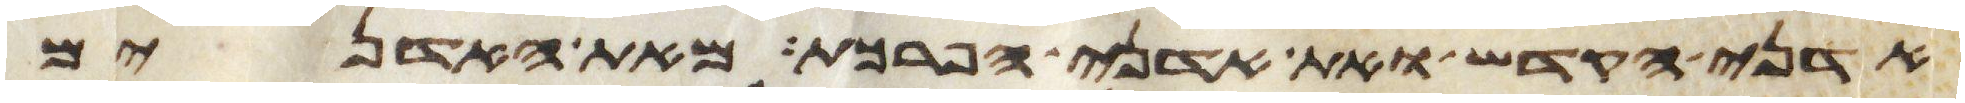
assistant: אדני הקדש ואת אדני הפרכת מאת האדנים